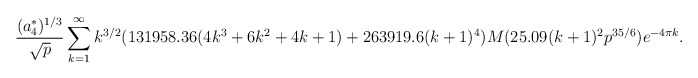
\begin{align*}\frac{(a_{4}^{*})^{1/3}}{\sqrt{p}} \sum_{k=1}^{\infty} k^{3/2} (131958.36 (4k^{3} + 6k^{2} + 4k + 1) + 263919.6 (k+1)^{4}) M(25.09 (k+1)^{2} p^{35/6}) e^{-4 \pi k}.\end{align*}